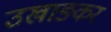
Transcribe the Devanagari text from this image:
उखाङकर